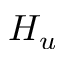
H _ { u }